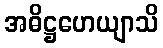
အဓိဋ္ဌဟေယျာသိ